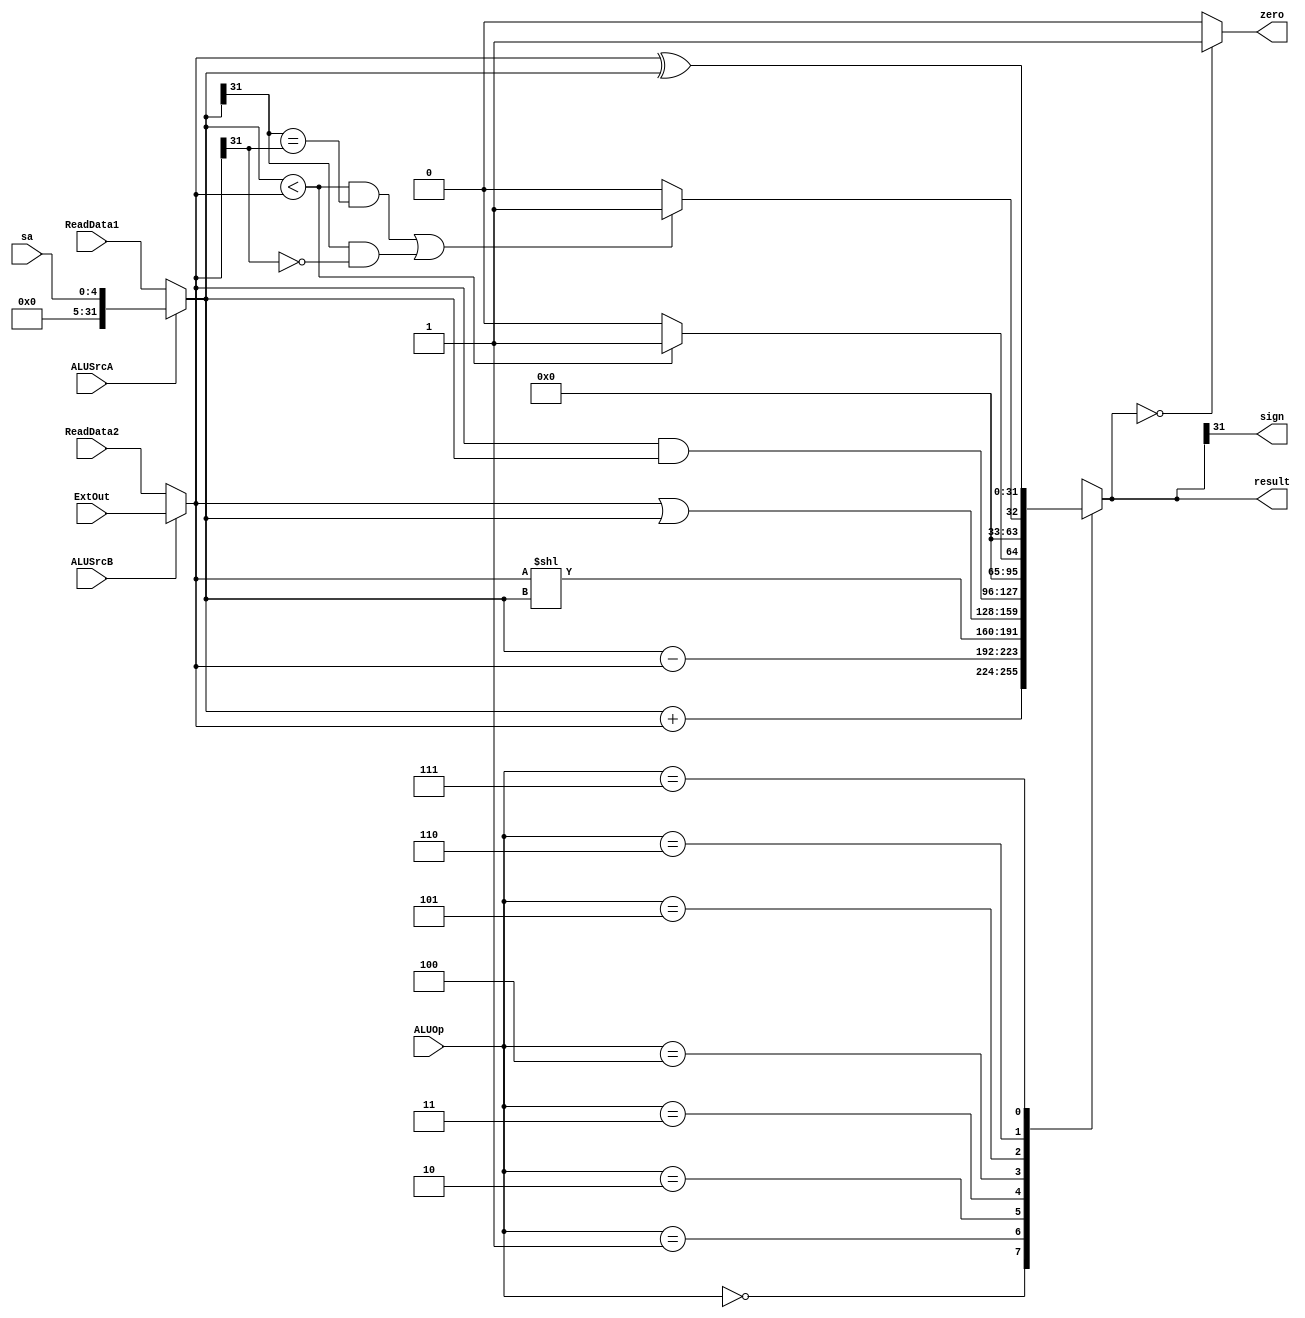
module ALU(
    input [2:0] ALUOp,
	input [4:0] sa,
    input [31:0] ReadData1,
	input [31:0] ExtOut,
    input [31:0] ReadData2,
	input ALUSrcA,
	input ALUSrcB,
    output [31:0] result,
    output zero,//zero flag
    output sign//sign flag    
    );
	
	reg zero,sign;
	reg [31:0] result;
	wire [31:0] rega;
	wire [31:0] regb;
	assign rega=(ALUSrcA==1)?sa:ReadData1;//˫ѡALUSRcA״̬ѡ
	assign regb=(ALUSrcB==1)?ExtOut:ReadData2;//˫ѡALUSRcB״̬ѡ
    
    always@(*) begin
        case (ALUOp)
            3'b000:result<=rega+regb;
            3'b001:result<=rega-regb;
            3'b010:result<=(regb<<rega);
            3'b011:result<=regb|rega;
            3'b100:result<=regb&rega;
            3'b101:result<=(rega<regb)?1:0;
            3'b110:result<=(((rega<regb) && (rega[31] == regb[31] )) ||( ( rega[31] ==1 && regb[31] == 0))) ? 1:0;
            3'b111:result<=regb^rega;
            default:begin
                    result=32'h00000000;
                    $display("no match");
                end
        endcase
        zero=(result==0)?1:0;
        sign=result[31];
    end
endmodule